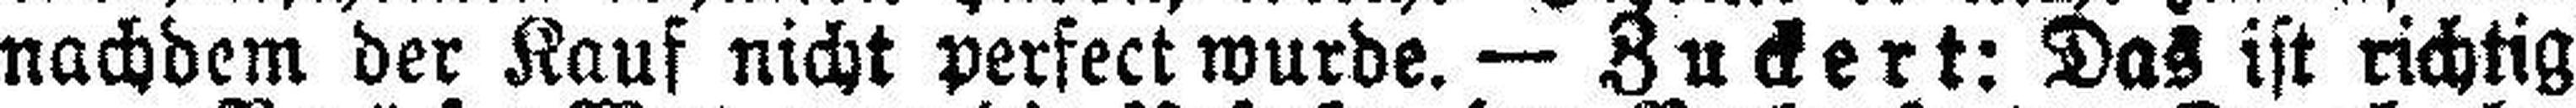
nachdem der Kauf nicht perfect wurde. — Zuckert: Das ist richtig